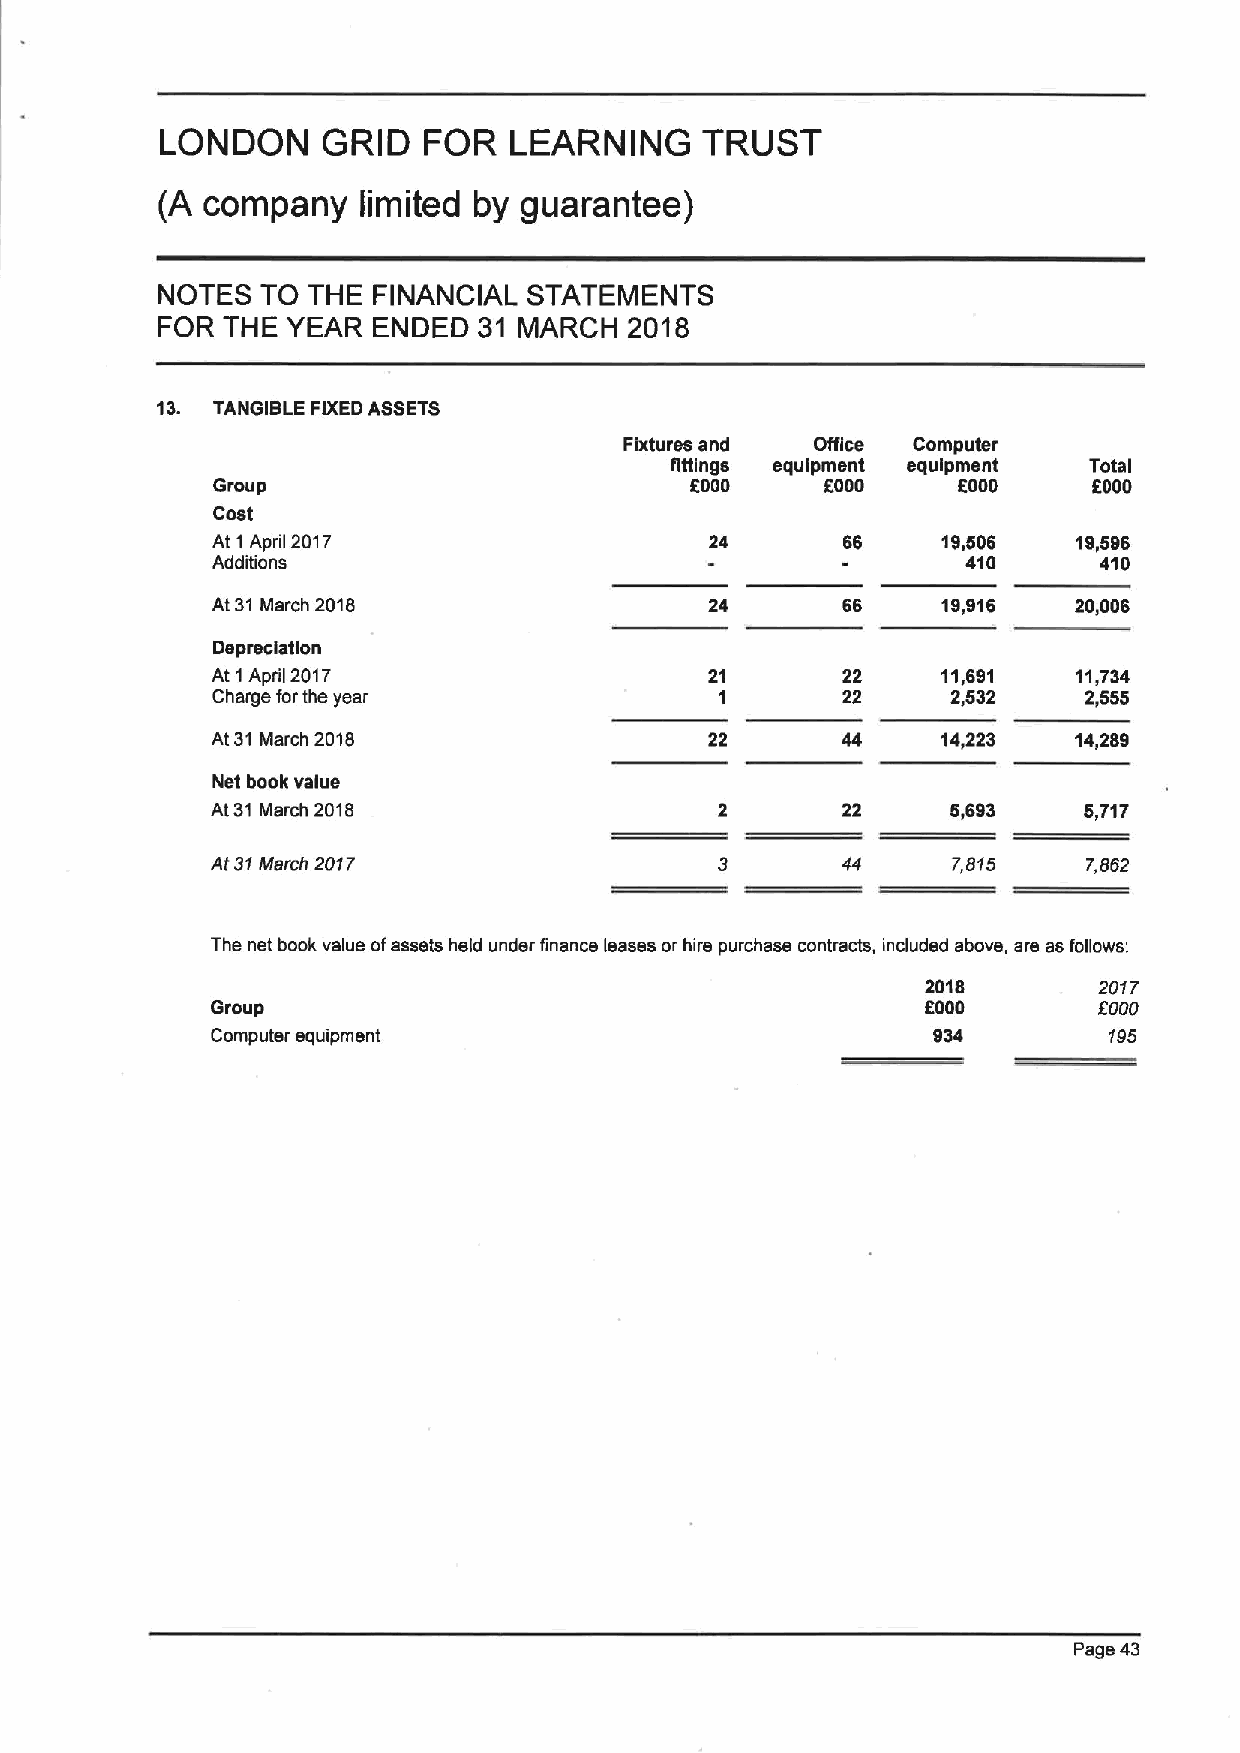
LONDON    GRID   FOR   LEARNING    TRUST
 (A company    limited by guarantee)
 NOTES  TO THE  FINANCIAL STATEMENTS
 FOR  THE YEAR  ENDED  31 MARCH  2018
 13. TANGIBLE FIXEDASSETS
 Fixtures and Office Computer
 fittings equipment equipment Total
 Group                           6000     6000    6000     6000
 Coat
 At 1 April 2017                  24       66    19,606   ta,596
 Additions                                         410      410
 At 31 March 2018                 24       66    19,916   20,006
 Depreciation
 At 1April 2017                   21       22    11,681   11,734
 Charge forthe year                1       22     2,532    2,555
 At 31 March 2018                 22       44    14,223   14,289
 Net book value
 At31 March 2018                           22     6,693    5,717
 At 31March 2017                           44     7,815    7,852
 The net book value ofassets held under finance leases or hire purchase contracts, included above, are as follows:
 2018        2017
 Group                                          6000        f000
 Computer equipment                              a34        105
 Page 43